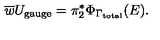
\overline { { w } } U _ { \mathrm { g a u g e } } = \pi _ { 2 } ^ { * } \Phi _ { \Gamma _ { \mathrm { t o t a l } } } ( E ) .